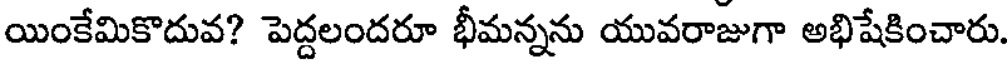
యింకేమికొదువ? పెద్దలందరూ భీమన్నను యువరాజుగా అభిషేకించారు.